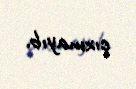
çıxmayıb.